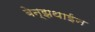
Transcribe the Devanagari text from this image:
बेन्झथाईन